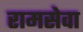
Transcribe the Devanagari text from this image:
रामसेवा